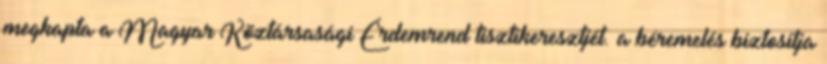
megkapta a Magyar Köztársasági Érdemrend tisztikeresztjét. a béremelés biztosítja